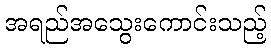
အရည်အသွေးကောင်းသည့်